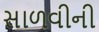
સાળવીની